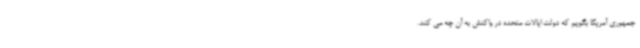
جمهوری آمریکا بگویم که دولت ایالات متحده در واکنش به آن چه می کند.